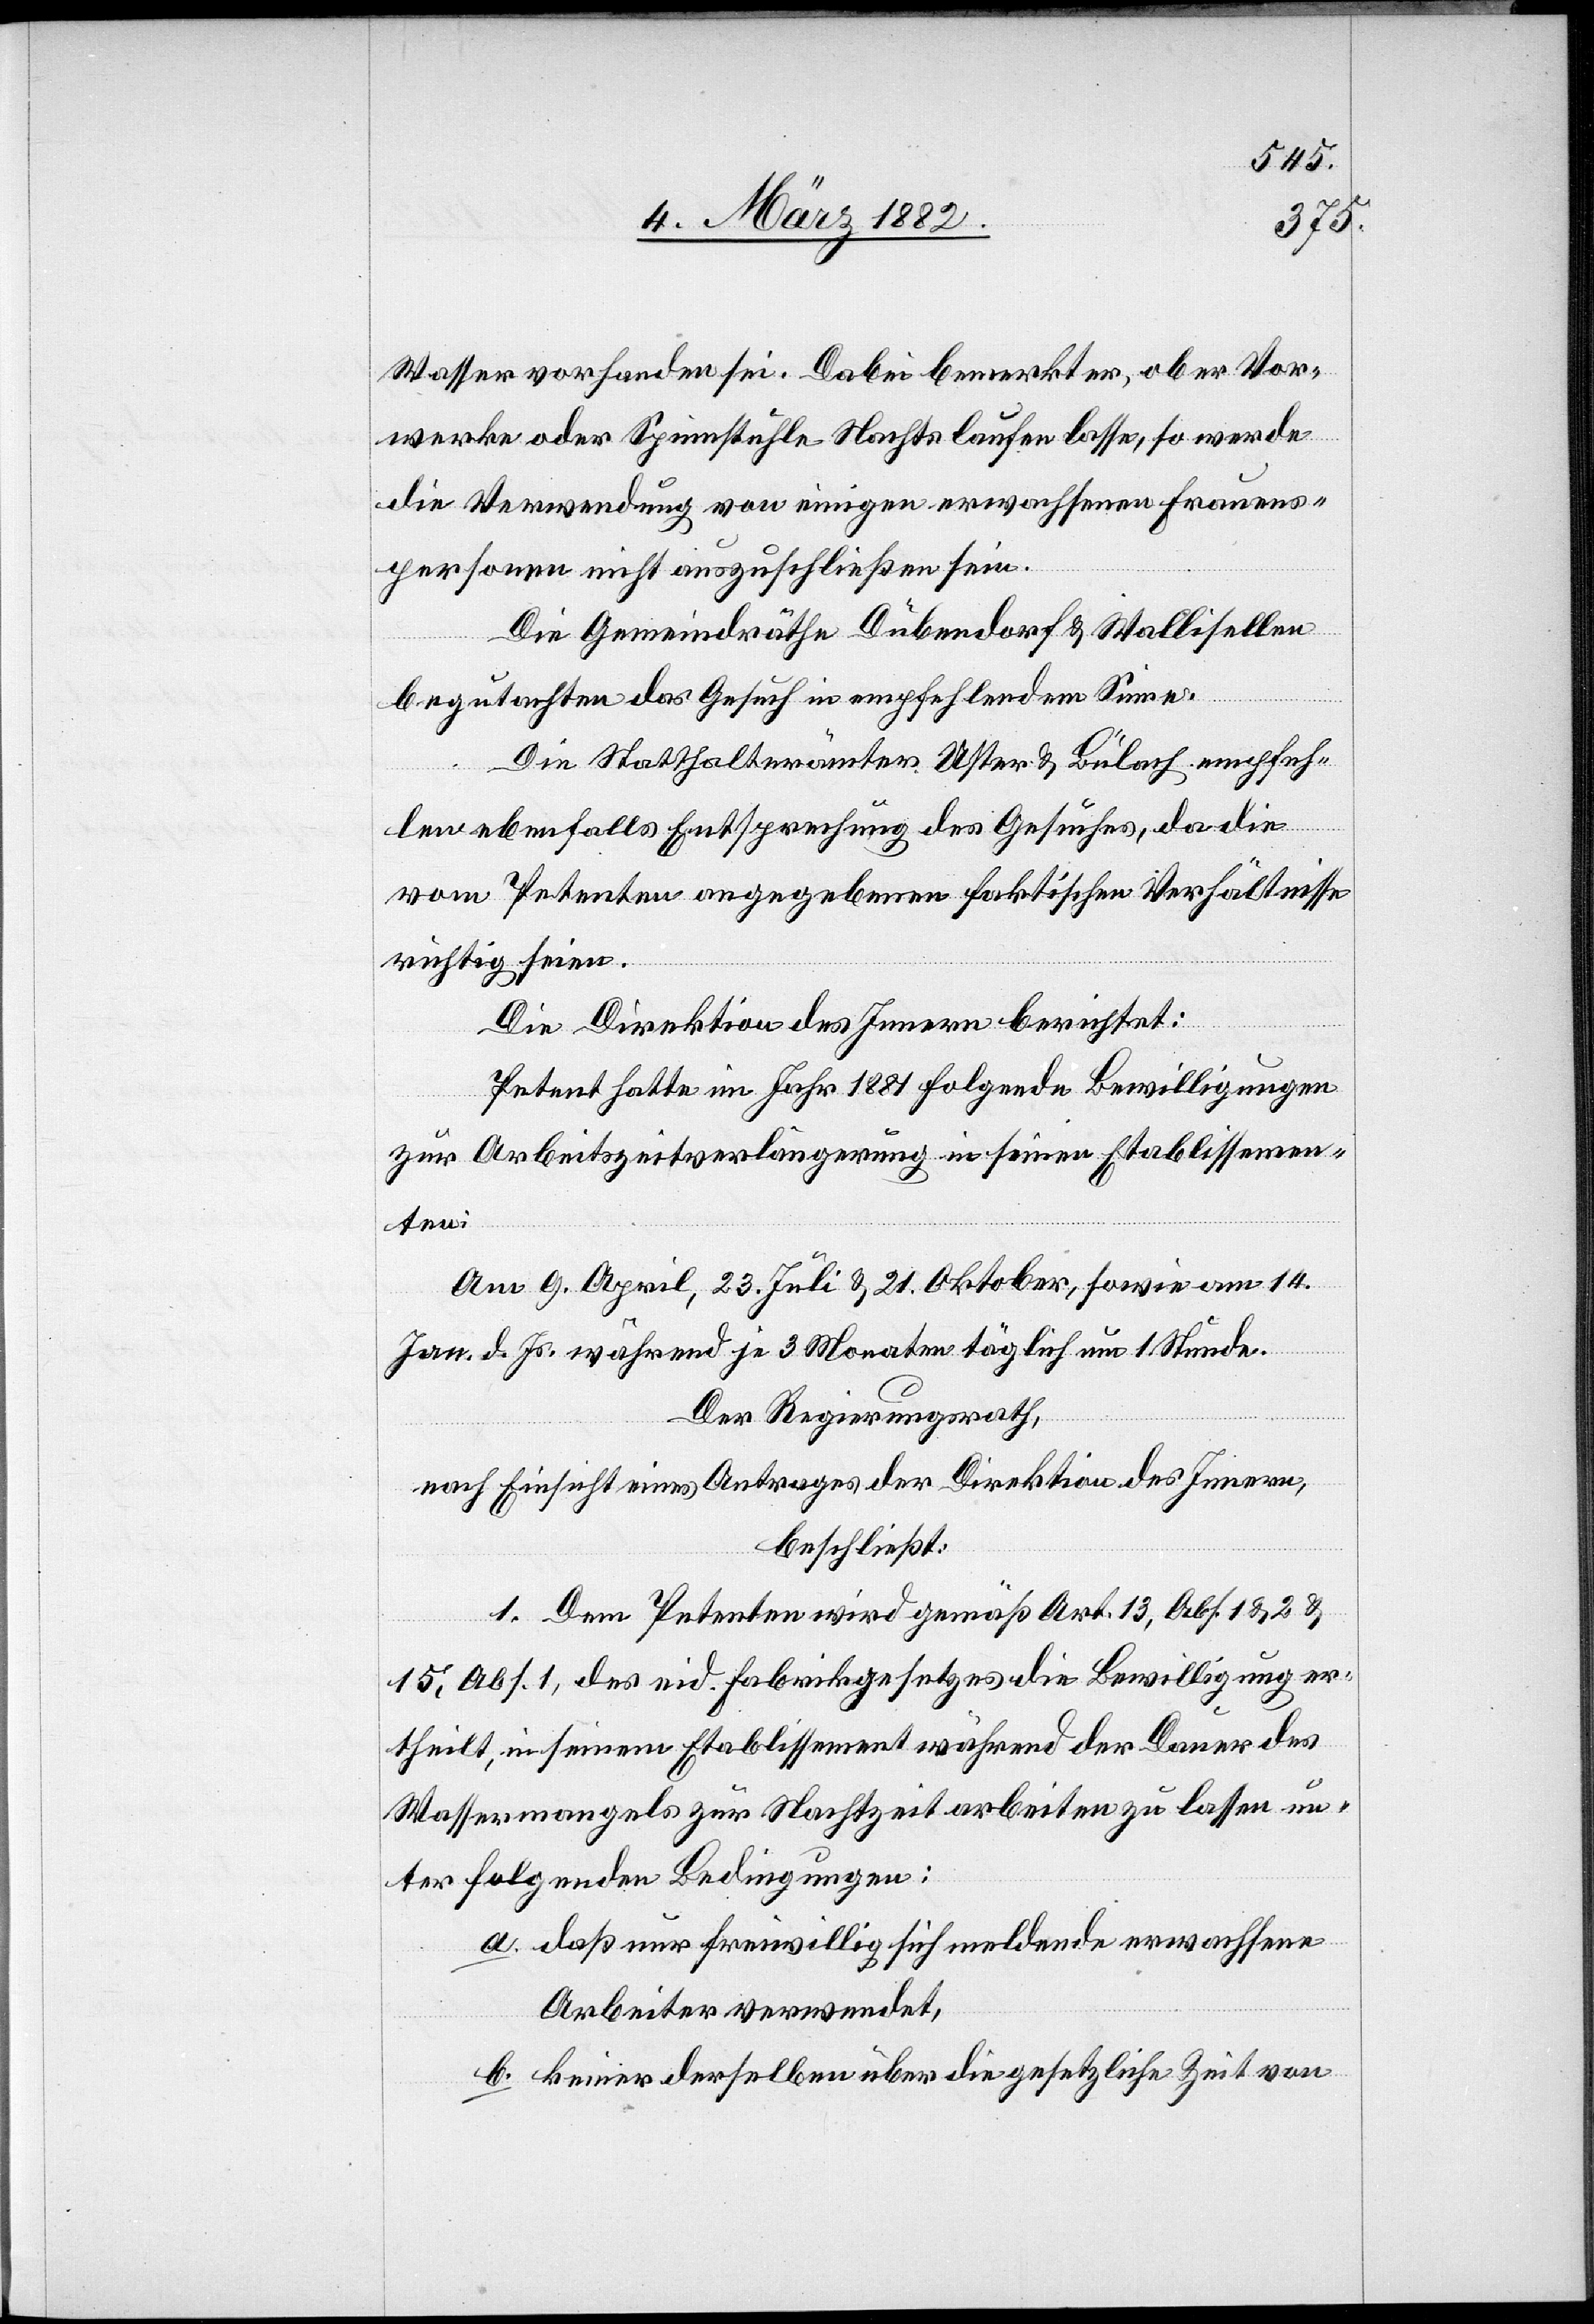
Wasser vorhanden sei. Dabei bemerkt er, ob er Vor¬
werke oder Spinnstühle Nachts laufen lasse, so werde
die Verordnung von einigen erwachsenen Frauens¬
personen nicht auszuschließen sein.
Die Gemeindräthe Dübendorf & Wallisellen
begutachten das Gesuch in empfehlendem Sinne.
Die Statthalterämter Uster & Bülach empfeh¬
len ebenfalls Entsprechung des Gesuches, da die
vom Petenten angegebenen faktischen Verhältnisse
richtig seien.
Die Direktion des Innern berichtet:
Petent hatte im Jahr 1881 folgende Bewilligungen
zur Arbeitszeitverlängerung in seinen Etablissemen¬
ten:
Am 9. April, 23. Juli, & 21. Oktober, sowie am 14.
Jan. d. Js. während je 3 Monaten täglich um 1. Stunde.
Der Regierungsrath,
nach Einsicht eines Antrages der Direktion des Innern,
beschließt:
1. Dem Petenten wird gemäß Art. 13, Abs. 1 & 2 &
15, Abs. 1, des eid. Fabrikgesetzes die Bewilligung er¬
theilt, in seinem Etablissement während der Dauer des
Wassermangels zur Nachtzeit arbeiten zu lassen un¬
ter folgenden Bedingungen:
a. daß nur freiwillig sich meldende erwachsene
Arbeiter verwendet,
b. keiner derselben über die gesetzliche Zeit von